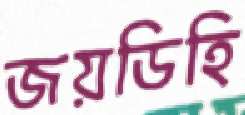
জয়ডিহি